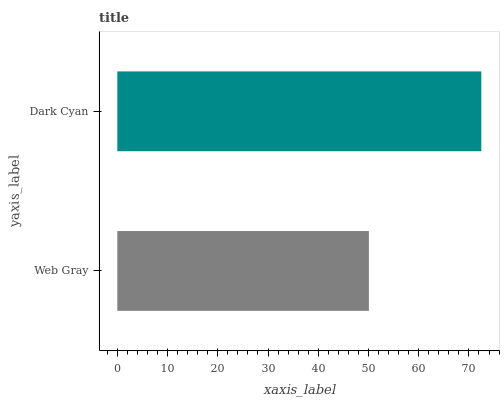
| yaxis_label | bars |
 | --- | --- |
 | Web Gray | 50.1 |
 | Dark Cyan | 72.5 |